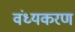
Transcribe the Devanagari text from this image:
वंध्यकरण